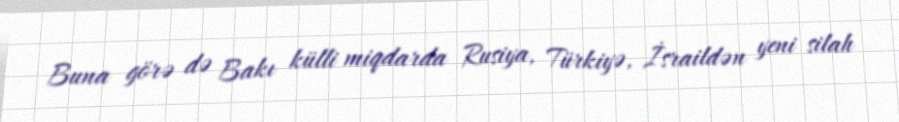
Buna görə də Bakı külli miqdarda Rusiya, Türkiyə, İsraildən yeni silah